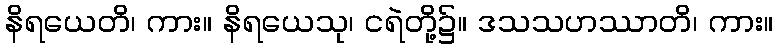
နိရယေတိ၊ ကား။ နိရယေသု၊ ငရဲတို့၌။ ဒသသဟဿာတိ၊ ကား။